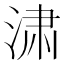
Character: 㴋